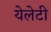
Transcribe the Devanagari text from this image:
येलेटी